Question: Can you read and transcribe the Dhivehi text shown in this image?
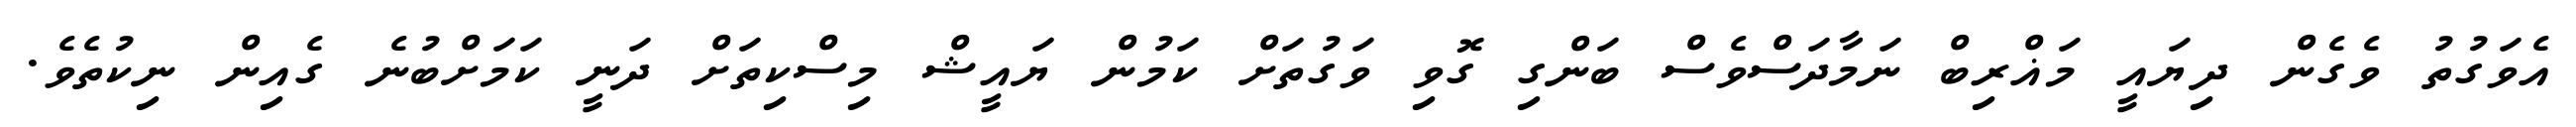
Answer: އެވަގުތު ވެގެން ދިޔައީ މަޣްރިބް ނަމާދަސްވެސް ބަންގި ގޮވި ވަގުތަށް ކަމުން ޔައީޝް މިސްކިތަށް ދަނީ ކަމަށްބުނެ ގެއިން ނިކުތެވެ.